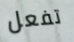
تفعل